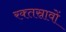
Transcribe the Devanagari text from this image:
रक्‍तस्रावों